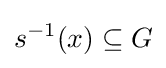
s^{-1}(x)\subseteq G